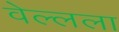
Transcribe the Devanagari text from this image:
वेल्लला